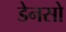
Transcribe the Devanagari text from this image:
डेनसो